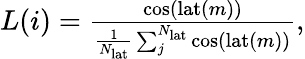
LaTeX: \begin{array}{r}{L(i)=\frac{\cos(\mathrm{lat}(m))}{\frac{1}{N_{\mathrm{lat}}}\sum_{j}^{N_{\mathrm{lat}}}\cos(\mathrm{lat}(m))},}\end{array}